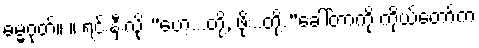
ဓမ္မဂုတ်။ ။ ရင်းနှီးလို့ “ဟေ့...တို့, ဖိုး..တို့.”ခေါ်တာကို ကိုယ်တော်က